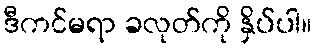
ဒီကင်မရာ ခလုတ်ကို နှိပ်ပါ။